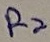
Text: R2